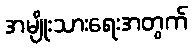
အမျိုးသားရေးအတွက်